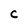
Character: C